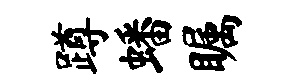
蹲蟠瞩